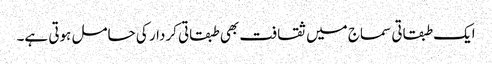
ایک طبقاتی سماج میں ثقافت بھی طبقاتی کردار کی حامل ہوتی ہے۔